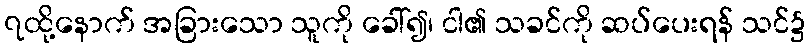
၇ထို့နောက် အခြားသော သူကို ခေါ်၍၊ ငါ၏ သခင်ကို ဆပ်ပေးရန် သင်၌